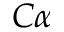
C \alpha